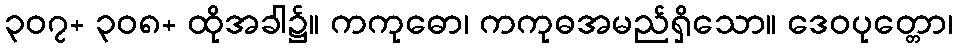
၃၀၇+ ၃၀၈+ ထိုအခါ၌။ ကကုဓော၊ ကကုဓအမည်ရှိသော။ ဒေဝပုတ္တော၊